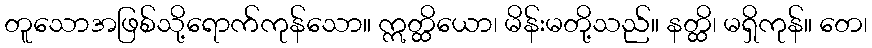
တူသောအဖြစ်သို့ရောက်ကုန်သော။ ဣတ္ထိယော၊ မိန်းမတို့သည်။ နတ္ထိ၊ မရှိကုန်။ တေ၊